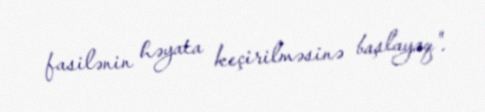
fasilənin həyata keçirilməsinə başlayaq".